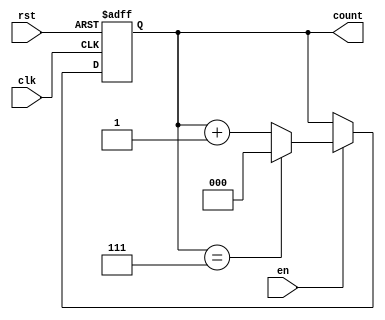
module windowed_counter #(
    parameter WINDOW_SIZE = 8  // Parameterized window size (max count value)
)(
    input wire clk,             // Clock signal
    input wire rst,             // Asynchronous reset signal
    input wire en,              // Enable signal
    output reg [clog2(WINDOW_SIZE)-1:0] count // Count output
);

// Function to calculate the log base 2 of a number
function integer clog2;
    input integer value;
    begin
        value = value - 1;
        for (clog2 = 0; value > 0; clog2 = clog2 + 1)
            value = value >> 1;
    end
endfunction

// Always block for counter logic
always @(posedge clk or posedge rst) begin
    if (rst) begin
        count <= 0; // Reset the counter to zero
    end else if (en) begin
        if (count == WINDOW_SIZE - 1) begin
            count <= 0; // Wrap around to zero
        end else begin
            count <= count + 1; // Increment the counter
        end
    end
end

endmodule